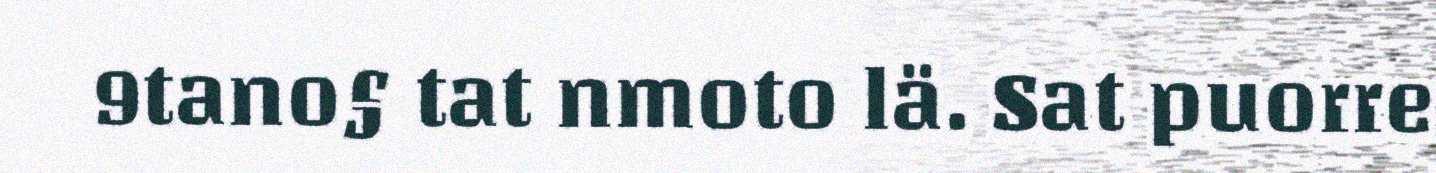
9tano§ tat nmoto lä. Sat puorre